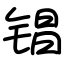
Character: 锠